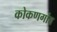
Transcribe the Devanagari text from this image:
कोकणगांव